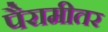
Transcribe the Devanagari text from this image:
पैरामीतर